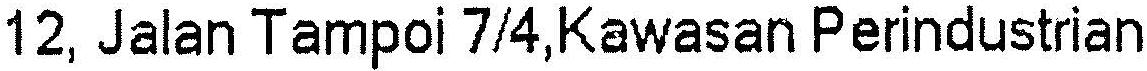
12, JALAN TAMPOI 7/4,KAWASAN PERINDUSTRIAN